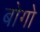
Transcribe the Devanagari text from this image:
बोगो